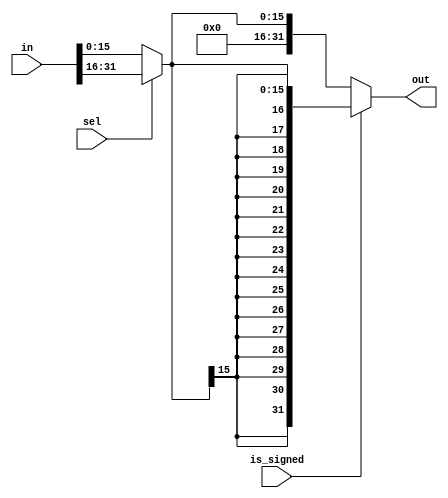
//                              -*- Mode: Verilog -*-
// Description     : Half word read select
// Last Modified By: Christophe Clienti
// Update Count    : 0
// Status          : Unknown, Use with caution!
// Copyright (C) 2013-2016 Christophe Clienti - All Rights Reserved

`timescale 1 ns / 100 ps

module rdselh
  (input wire         is_signed,
   input wire         sel,
   input wire [31:0]  in,
   output wire [31:0] out);

   wire [15:0]   bytesel;
   wire [31:0]   zext, sext;

   assign bytesel = (sel==1'b0) ? in[15: 0] : in[31:16];

   assign sext = { {16{bytesel[15]}}, bytesel };

   assign zext = { {16{1'b0}}, bytesel };

   assign out = (is_signed==1'b0) ? zext : sext;

endmodule // rdselh